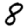
Digit: 8